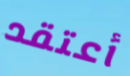
أعتقد